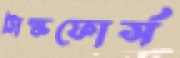
ট্রাস্কফোর্স